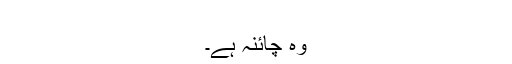
​
وہ چائنہ ہے۔